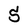
Character: 5